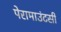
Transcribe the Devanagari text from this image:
पेरामाउंटसी